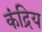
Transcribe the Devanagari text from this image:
कंद्रिय